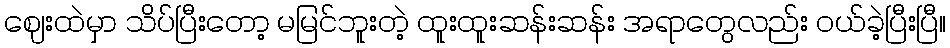
ဈေးထဲမှာ သိပ်ပြီးတော့ မမြင်ဘူးတဲ့ ထူးထူးဆန်းဆန်း အရာတွေလည်း ဝယ်ခဲ့ပြီးပြီ။